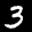
Label: 3